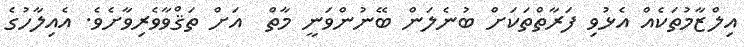
އިލްޒާމުތަކެއް އެޅުވި ފަރާތްތަކަށް ބުނެލަން ބޭނުންވަނީ މާތް  އަށް ތަޤްވާވެރިވާށެވެ. އެއިލާހުގެ